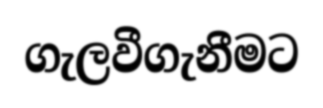
ගැලවීගැනීමට